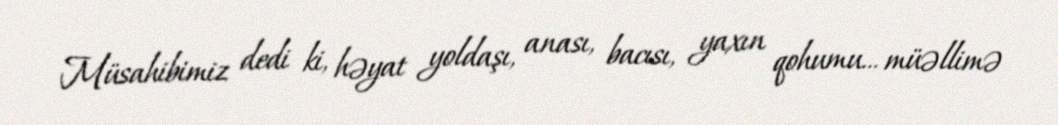
Müsahibimiz dedi ki, həyat yoldaşı, anası, bacısı, yaxın qohumu... müəllimə